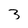
Character: 3